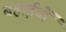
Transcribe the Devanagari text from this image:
बहाईयों